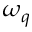
\omega _ { q }